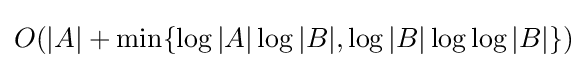
O(|A|+\min\{\log |A|\log |B|,\log |B|\log \log |B|\})